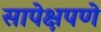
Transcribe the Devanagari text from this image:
सापेक्षपणे